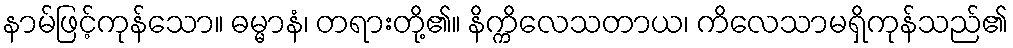
နာမ်ဖြင့်ကုန်သော။ ဓမ္မာနံ၊ တရားတို့၏။ နိက္ကိလေသတာယ၊ ကိလေသာမရှိကုန်သည်၏